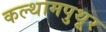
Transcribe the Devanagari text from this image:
कल्थामपुथूर